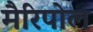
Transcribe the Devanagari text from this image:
मैरिपोल